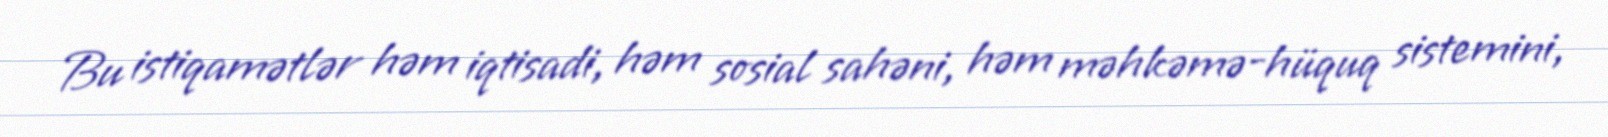
Bu istiqamətlər həm iqtisadi, həm sosial sahəni, həm məhkəmə-hüquq sistemini,